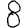
Digit: 8